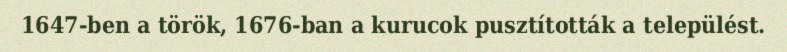
1647-ben a török, 1676-ban a kurucok pusztították a települést.